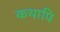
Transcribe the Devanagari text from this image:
कथापि